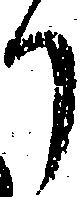
り